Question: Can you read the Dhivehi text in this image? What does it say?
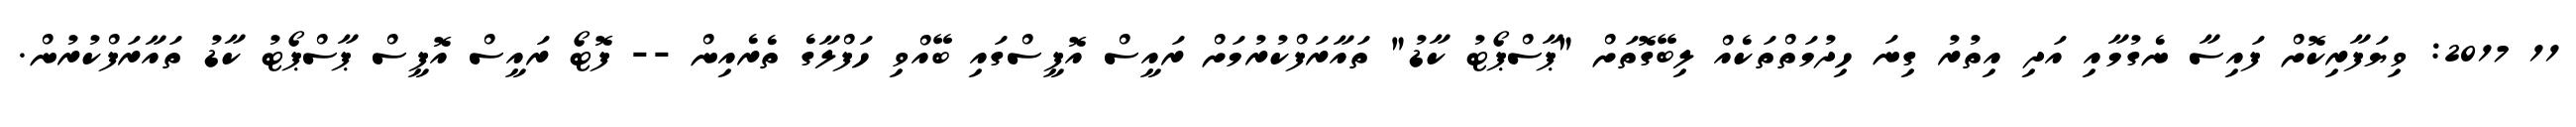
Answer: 11 2017: ވިޔަފާރިކޮށް ފައިސާ ނެގުމާއި އަދި އިތުރު ގިނަ ހިދުމަތްތަކެއް ލިބޭގޮތަށް "ޕާސްޕޯޓު ކާޑު" ތައާރަފްކުރުމަށް ރައީސް އޮފީސްގައި ބޭއްވި ހަފްލާގެ ތެރެއިން -- ފޮޓޯ ރައީސް އޮފީސް ޕާސްޕޯޓު ކާޑު ތައާރަފްކުރުން.